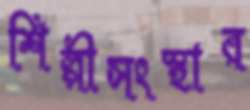
শিল্পীসংস্থার